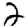
Digit: 2